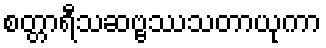
စတ္တာရီသဆဗ္ဗဿသတာယုကာ